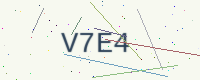
Text: V7E4